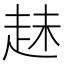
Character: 𧻇